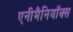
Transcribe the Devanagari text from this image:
एनीमैनियॉक्स